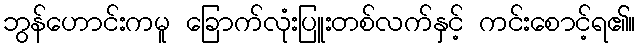
ဘွန်ဟောင်းကမူ ခြောက်လုံးပြူးတစ်လက်နှင့် ကင်းစောင့်ရ၏။